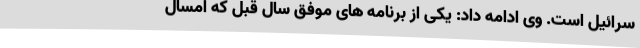
سرائیل است. وی ادامه داد: یکی از برنامه های موفق سال قبل که امسال